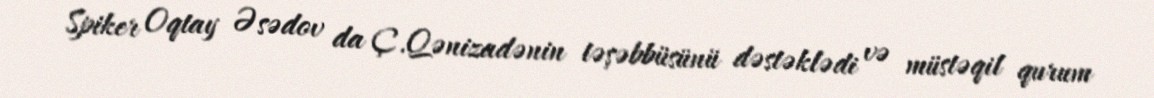
Spiker Oqtay Əsədov da Ç.Qənizadənin təşəbbüsünü dəstəklədi və müstəqil qurum